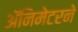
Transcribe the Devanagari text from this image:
ॲनिमेटरने